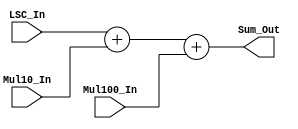
`timescale 1ns / 1ps
//////////////////////////////////////////////////////////////////////////////////
// Company: 
// Engineer: 
// 
// Design Name: 
// Module Name: Add
// Project Name: 
// Target Devices: 
// Tool Versions: 
// Description: 
// 
// Dependencies: 
// 
// Revision:
// Revision 0.01 - File Created
// Additional Comments:
// 
//////////////////////////////////////////////////////////////////////////////////


module Add(
    input [3:0] LSC_In,
    input [5:0] Mul10_In,   
    input [9:0] Mul100_In, 
    output [9:0] Sum_Out
    );
    reg [9:0] out;
    
    always @(LSC_In, Mul10_In, Mul100_In)
        out = LSC_In + Mul10_In + Mul100_In;
    
    assign Sum_Out = out;
    
endmodule